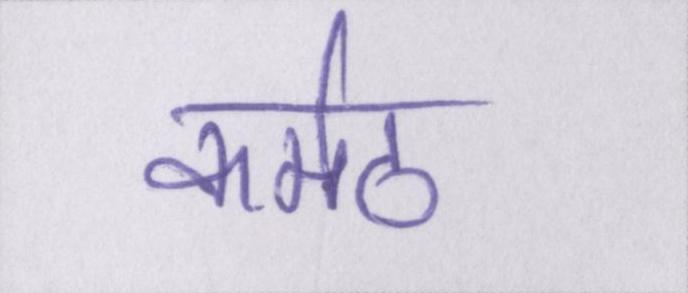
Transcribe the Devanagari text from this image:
कर्मठ